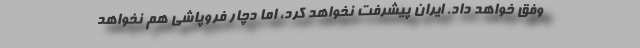
وفق خواهد داد. ایران پیشرفت نخواهد کرد، اما دچار فروپاشی هم نخواهد